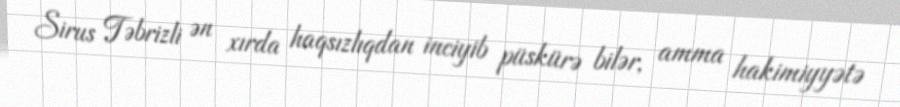
Sirus Təbrizli ən xırda haqsızlıqdan inciyib püskürə bilər, amma hakimiyyətə